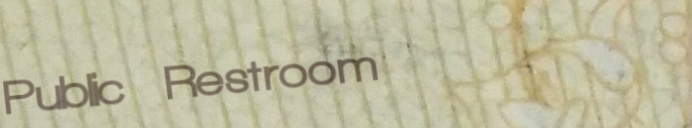
Public Restroom